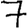
Digit: 7